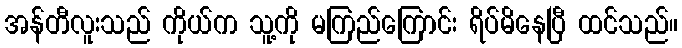
အန်တီလူးသည် ကိုယ်က သူ့ကို မကြည်ကြောင်း ရိပ်မိနေပြီ ထင်သည်။